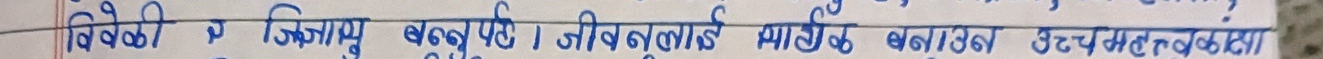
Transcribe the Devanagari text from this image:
विहेळी जिवाणु बखु पर्व। जीवणुलाई मार्न बनाऊन उत्पन्न महत्वका